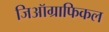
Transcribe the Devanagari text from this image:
जिऑग्राफिकल